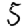
Digit: 5